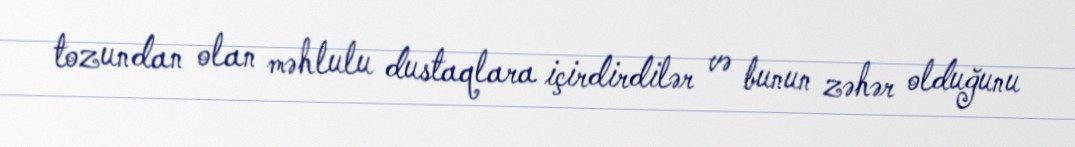
tozundan olan məhlulu dustaqlara içirdirdilər və bunun zəhər olduğunu